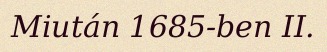
Miután 1685-ben II.